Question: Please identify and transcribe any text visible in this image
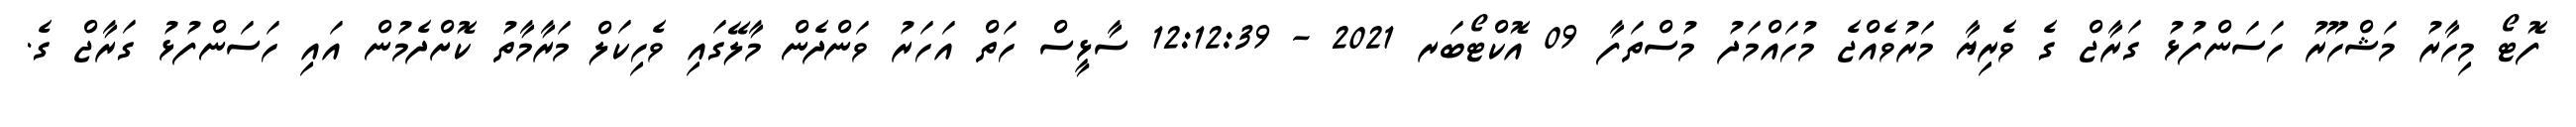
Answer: ފޮޓޯ މިހާރު މަޝްހޫރު ހަސަންފުޅު ގަރާޖް ގެ ވެރިޔާ މަރުވެއްޖެ މުހައްމަދު މުސްތަފާ 09 އޮކްޓޯބަރ 2021 - 12:12:39 ސާޅީސް ހަތް އަހަރު ވަންދެން މާލޭގައި ވެހިކަލް މަރާމާތު ކޮށްދެމުން އައި ހަސަންފުޅު ގަރާޖް ގެ.